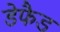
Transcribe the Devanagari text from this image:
डेफैड